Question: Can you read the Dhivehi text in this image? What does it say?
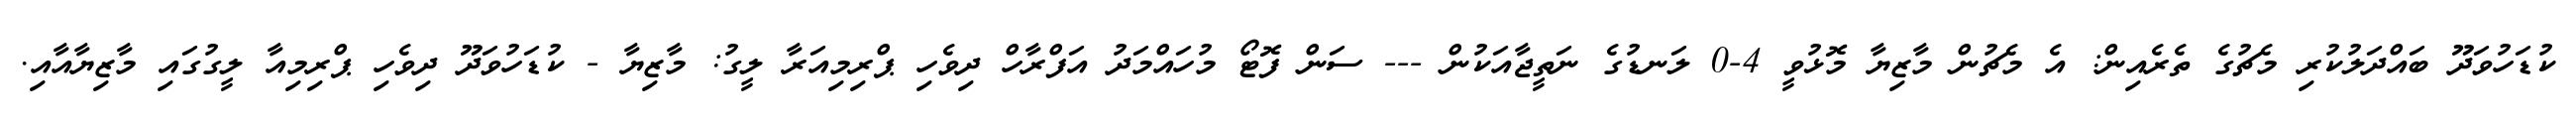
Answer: ކުޑަހުވަދޫ ބައްދަލުކުރި މެޗުގެ ތެރެއިން: އެ މެޗުން މާޒިޔާ މޮޅުވީ 4-0 ލަނޑުގެ ނަތީޖާއަކުން --- ސަން ފޮޓޯ މުހައްމަދު އަފްރާހް ދިވެހި ޕްރިމިއަރާ ލީގު: މާޒިޔާ - ކުޑަހުވަދޫ ދިވެހި ޕްރިމިއާ ލީގުގައި މާޒިޔާއާއި.